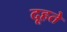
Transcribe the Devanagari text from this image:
दूहते